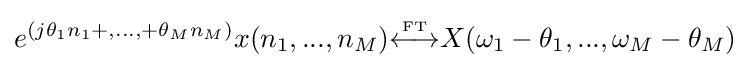
e^{(j\theta _{1}n_{1}+,...,+\theta _{M}n_{M})}x(n_{1},...,n_{M}){\overset {\underset {\mathrm {FT} }{}}{\longleftrightarrow }}X(\omega _{1}-\theta _{1},...,\omega _{M}-\theta _{M})